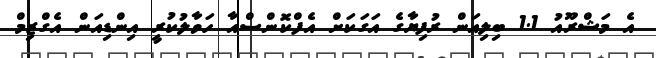
އެ މަޝްރޫއު 1.1 ބިލިއަން ރުފިޔާގެ އަގަކަށް އެފްކޮންސްއާ ހަވާލުކުރީ އިންޑިއަން އެގްޒިމް